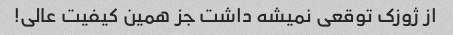
از ژوزک توقعی نمیشه داشت جز همین کیفیت عالی!